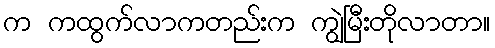
က ကထွက်လာကတည်းက ကျွဲမြီးတိုလာတာ။